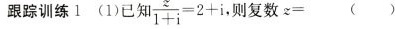
跟踪训练1 (1)已知$$\frac { z } { 1 + i } = 2 + i$$，则复数$$z =$$()